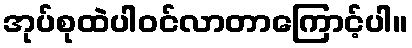
အုပ်စုထဲပါဝင်လာတာကြောင့်ပါ။